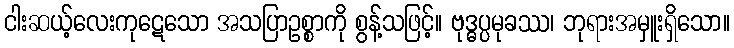
ငါးဆယ့်လေးကုဋေသော အသပြာဥစ္စာကို စွန့်သဖြင့်။ ဗုဒ္ဓပ္ပမုခဿ၊ ဘုရားအမှူးရှိသော။